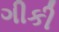
ગીકી